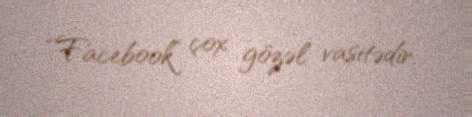
“Facebook” çox gözəl vasitədir.